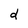
Character: d